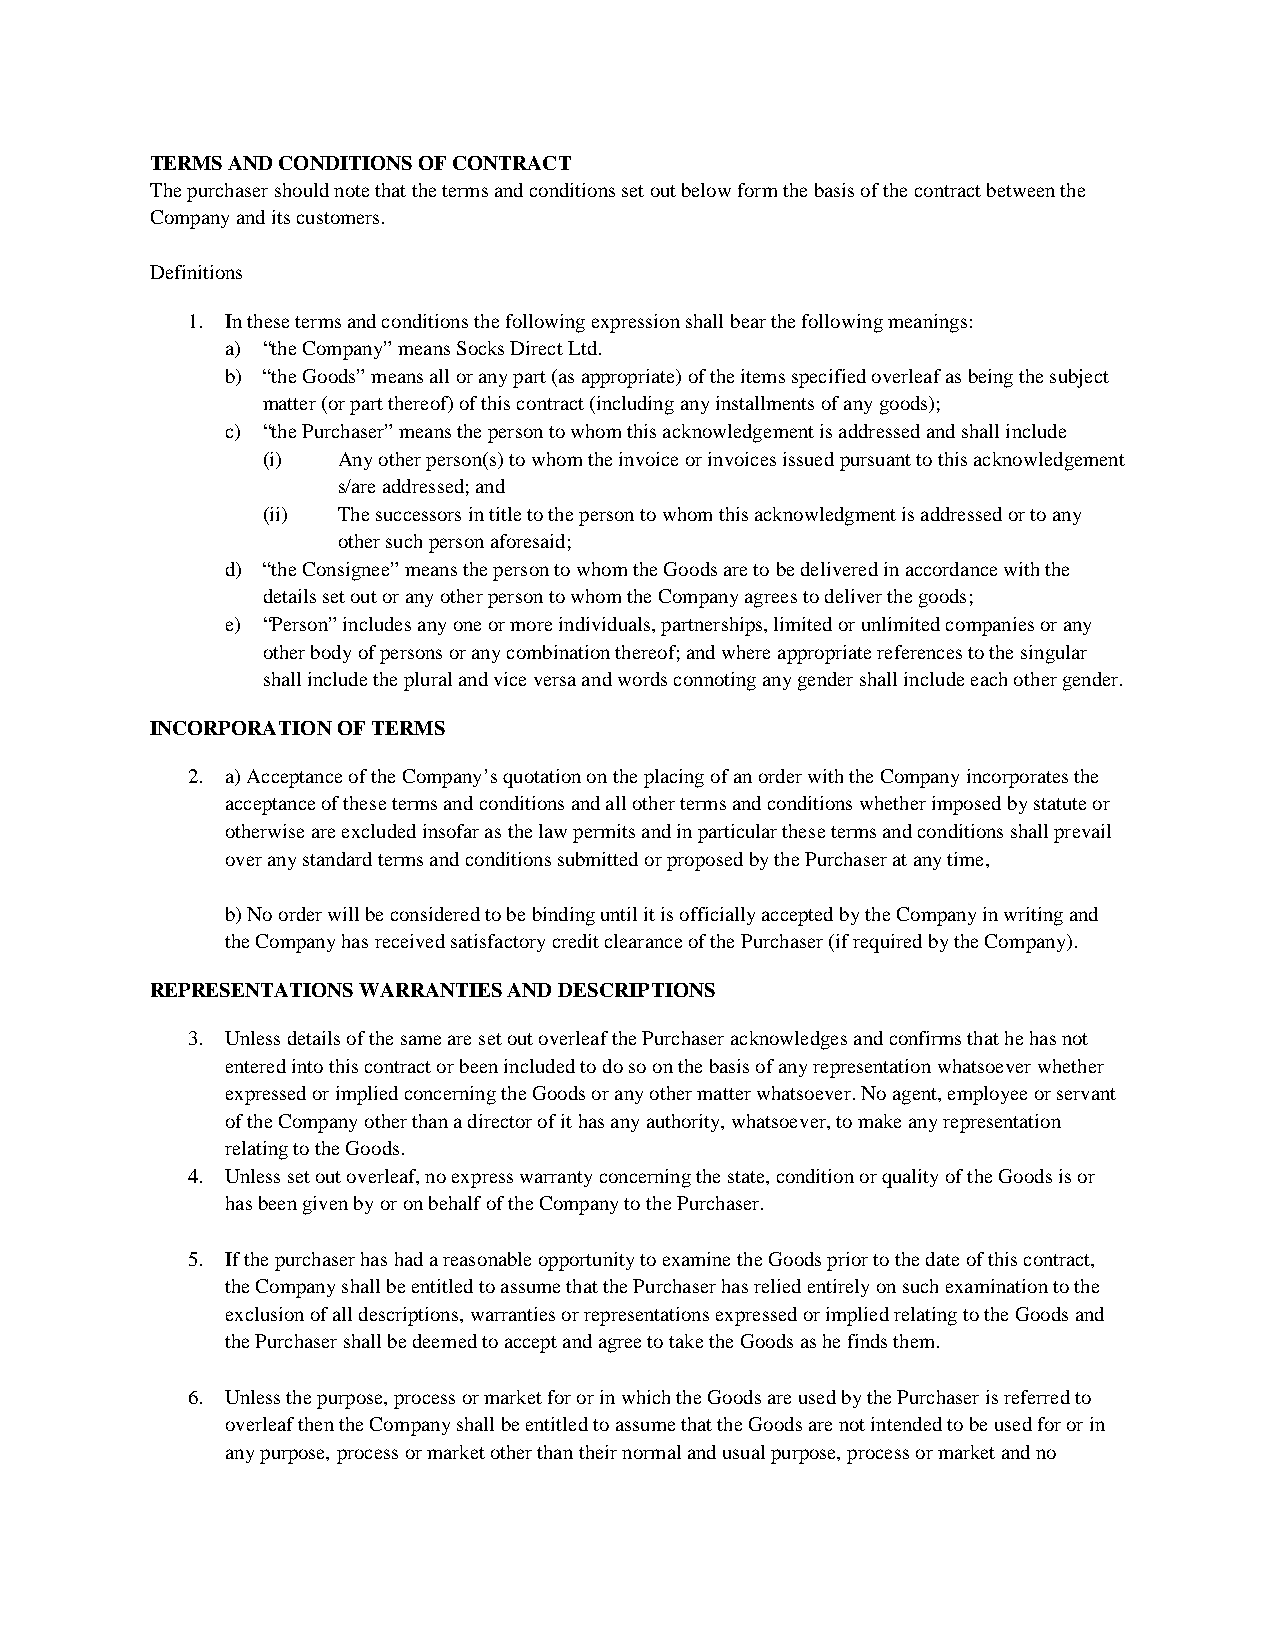
TERMS AND CONDITIONS OF CONTRACT
 The purchaser should note that the terms and conditions set out below form the basis of the contract between the
 Company and its customers.
 Definitions
 1. In these terms and conditions the following expression shall bear the following meanings:
 a) “the Company” means Socks Direct Ltd.
 b) “the Goods” means all or any part (as appropriate) of the items specified overleaf as being the subject
 matter (or part thereof) of this contract (including any installments of any goods);
 c) “the Purchaser” means the person to whom this acknowledgement is addressed and shall include
 (i)  Any other person(s) to whom the invoice or invoices issued pursuant tothis acknowledgement
 s/are addressed; and
 (ii) The successors in title to the person to whom this acknowledgment is addressed or to any
 other such person aforesaid;
 d) “the Consignee” means the person to whom the Goods are to be delivered in accordance with the
 details set out or any other person to whom the Company agrees to deliver the goods;
 e) “Person” includes any one or more individuals, partnerships, limited or unlimited companies or any
 other body of persons or any combination thereof; and where appropriate references to the singular
 shall include the plural and vice versa and words connoting any gender shall include each other gender.
 INCORPORATION OF TERMS
 2. a)Acceptance of the Company’s quotation on the placing of an order with the Company incorporates the
 acceptance of these terms and conditions and all other terms and conditions whether imposed by statute or
 otherwise are excluded insofar as the law permits and in particular these terms and conditions shall prevail
 over any standard terms and conditions submitted or proposed by the Purchaser at any time,
 b) No order will be considered to be binding until it is officially accepted by the Company in writing and
 the Company has received satisfactory credit clearance of the Purchaser (if required by the Company).
 REPRESENTATIONS WARRANTIES AND DESCRIPTIONS
 3. Unless details of the same are set out overleaf the Purchaser acknowledges and confirms that he has not
 entered into this contract or been included to do so on the basis of any representation whatsoever whether
 expressed or implied concerning the Goods or any other matter whatsoever. No agent, employee or servant
 of the Company other than a director of it has any authority, whatsoever, to make any representation
 relating to the Goods.
 4. Unless set out overleaf, no express warranty concerning the state, condition or quality of the Goods is or
 has been given by or on behalf of the Company to the Purchaser.
 5. If the purchaser has had a reasonable opportunity to examine the Goods prior to the date of this contract,
 the Company shall be entitled to assume that the Purchaser has relied entirely on such examination to the
 exclusion of all descriptions, warranties or representations expressed or implied relating to the Goods and
 the Purchaser shall be deemed to accept and agree to take the Goods as he finds them.
 6. Unless the purpose, process or market for or in which the Goods are used by the Purchaser is referred to
 overleaf then the Company shall be entitled to assume that the Goods are not intended to be used for or in
 any purpose, process or market other than their normal and usual purpose, process or market and no